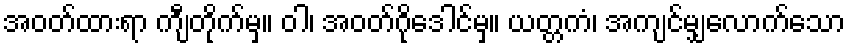
အဝတ်ထားရာ ကျီတိုက်မှ။ ဝါ၊ အဝတ်ဂိုဒေါင်မှ။ ယတ္တကံ၊ အကျင်မျှလောက်သော